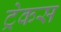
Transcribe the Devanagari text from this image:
ट्रेकस